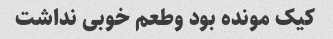
کیک مونده بود وطعم خوبی نداشت